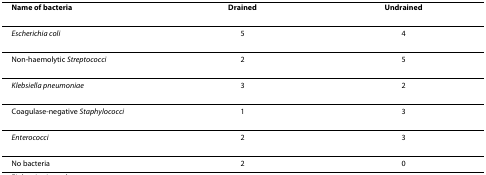
| Name of bacteria | Drained | Undrained |
 | --- | --- | --- |
 | Escherichia coli | 5 | 4 |
 | Non-haemolytic Streptococci | 2 | 5 |
 | Klebsiella pneumoniae | 3 | 2 |
 | Coagulase-negative Staphylococci | 1 | 3 |
 | Enterococci | 2 | 3 |
 | No bacteria | 2 | 0 |